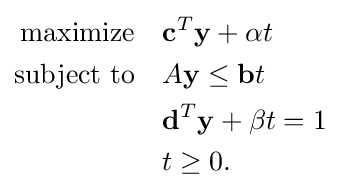
{\begin{aligned}{\text{maximize}}\quad &\mathbf {c} ^{T}\mathbf {y} +\alpha t\\{\text{subject to}}\quad &A\mathbf {y} \leq \mathbf {b} t\\&\mathbf {d} ^{T}\mathbf {y} +\beta t=1\\&t\geq 0.\end{aligned}}